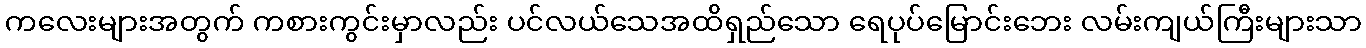
ကလေးများအတွက် ကစားကွင်းမှာလည်း ပင်လယ်သေအထိရှည်သော ရေပုပ်မြောင်းဘေး လမ်းကျယ်ကြီးများသာ